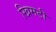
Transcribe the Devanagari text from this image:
खिमटी